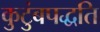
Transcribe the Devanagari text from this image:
कुटुंबपद्धति